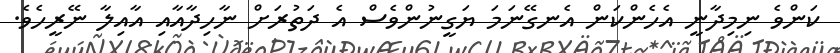
ކަންވެ ނިމިދާނީ އެހެންކަން އެނގޭނަމަ ޔަގީނުންވެސް އެ ދަތުރަށް ނާހިދާއާއި އާއިލާ ނޭރީހެވެ.